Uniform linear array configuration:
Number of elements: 12
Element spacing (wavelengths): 0.75
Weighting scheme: hann
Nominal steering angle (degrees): -15
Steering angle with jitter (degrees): -15.681
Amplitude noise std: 0.05
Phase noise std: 0.05

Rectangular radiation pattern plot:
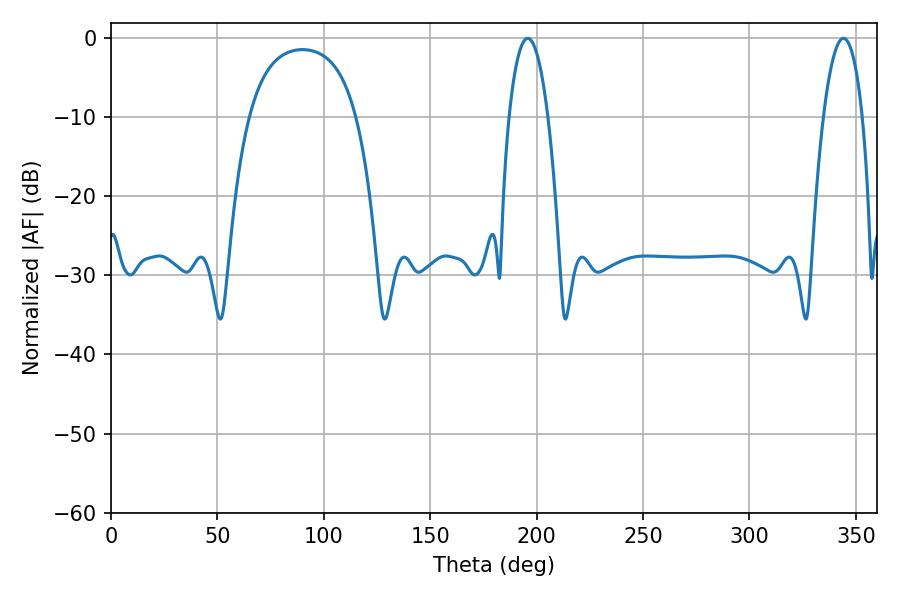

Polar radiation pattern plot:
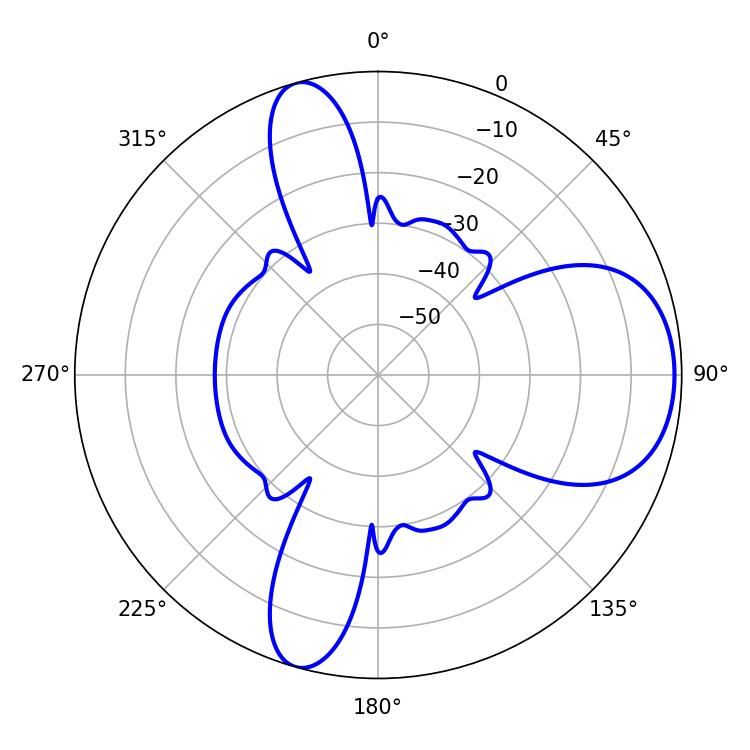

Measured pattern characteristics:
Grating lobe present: TRUE
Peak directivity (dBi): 8.03
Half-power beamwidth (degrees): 10.26
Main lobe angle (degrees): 195.84